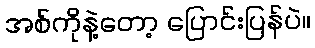
အစ်ကိုနဲ့တော့ ပြောင်းပြန်ပဲ။